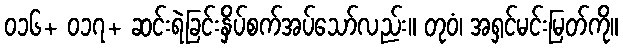
၀၁၆+ ၀၁၇+ ဆင်းရဲခြင်းနှိပ်စက်အပ်သော်လည်း။ တုဝံ၊ အရှင်မင်းမြတ်ကို။